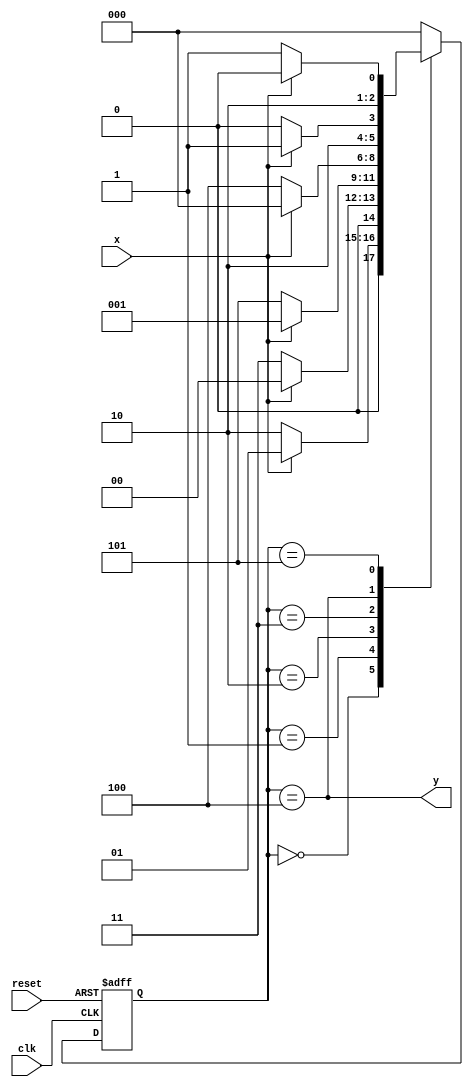
module moore_fsm(
input x ,
input reset,
input clk,
output y
);


reg[2:0] next_state , state_reg ;

localparam s0 = 0;
localparam s1 = 1;
localparam s2 = 2;
localparam s3 = 3;
localparam s4 = 4;
localparam s5 = 5;
// registers block
always @(posedge clk, negedge reset)
begin
if(~reset)
state_reg <=s0;
else 
  state_reg <=next_state;
end


//sequence for detecting the odd number of 1
// 00 is the enable of the sequence 
always @(*) 
begin
  casex(state_reg)
  s0: if (x) next_state <= s1;
else  next_state <= s2;
  s1: if (x) next_state <= s0;
else  next_state <= s3;
  s2: if (x) next_state <= s1;
else  next_state <= s5;
  s3: if (x) next_state <= s0;
else  next_state <= s4;
  s4: if (x) next_state <= s5;
else  next_state <= s4;
  s5: if (x) next_state <= s4;
else  next_state <= s5;
  default: next_state <= s0;
endcase  
end

// output equation for moore machine 

assign y = (state_reg==s4);
 






endmodule